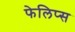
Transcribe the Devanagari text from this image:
फेलिप्स